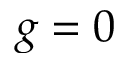
g = 0